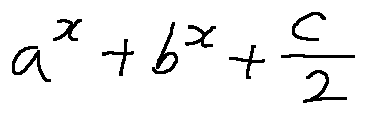
a ^ { x } + b ^ { x } + \frac { c } { 2 }